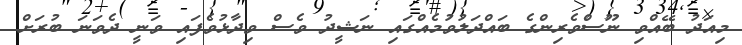
މިއަދު ބޭއްވި ނޫސްވެރިންގެ ބައްދަލުވުމެއްގައި ނަޝީދު ވެސް ވިދާޅުވެފައި ވަނީ ދެވަނަ ބުރަށް